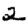
Digit: 2